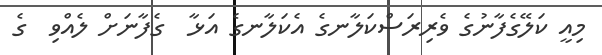
މިއީ ކަލޭގެފާނުގެ ވެރިރަސްކަލާނގެ އެކަލާނގެ އަޅާ  ގެފާނަށް ލެއްވި  ގެ